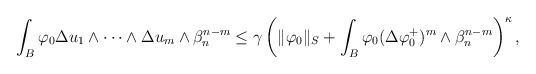
\begin{align*}\begin{aligned}\int_B\varphi_0 \Delta u_1\wedge\dots\wedge\Delta u_m\wedge\beta_n^{n-m}\leq \gamma\left(\|\varphi_0\|_S+\int_B \varphi_0(\Delta \varphi_0^{+})^m\wedge\beta_n^{n-m}\right)^\kappa,\end{aligned}\end{align*}